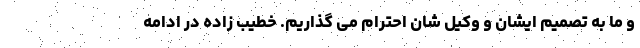
و ما به تصمیم ایشان و وکیل شان احترام می گذاریم. خطیب زاده در ادامه